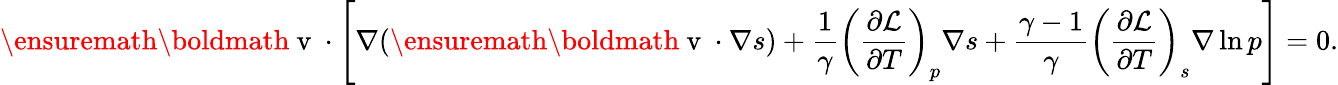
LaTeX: \ensuremath{\mathrm{\boldmath~v~}}\cdot\left[\nabla(\ensuremath{\mathrm{\boldmath~v~}}\cdot\nabla s)+\frac{1}{\gamma}\left(\frac{\partial\mathcal{L}}{\partial T}\right)_{p}\nabla s+\frac{\gamma-1}{\gamma}\left(\frac{\partial\mathcal{L}}{\partial T}\right)_{s}\nabla\ln p\right]=0.